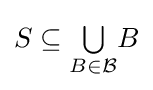
S\subseteq {\textstyle \bigcup \limits _{B\in {\mathcal {B}}}}B